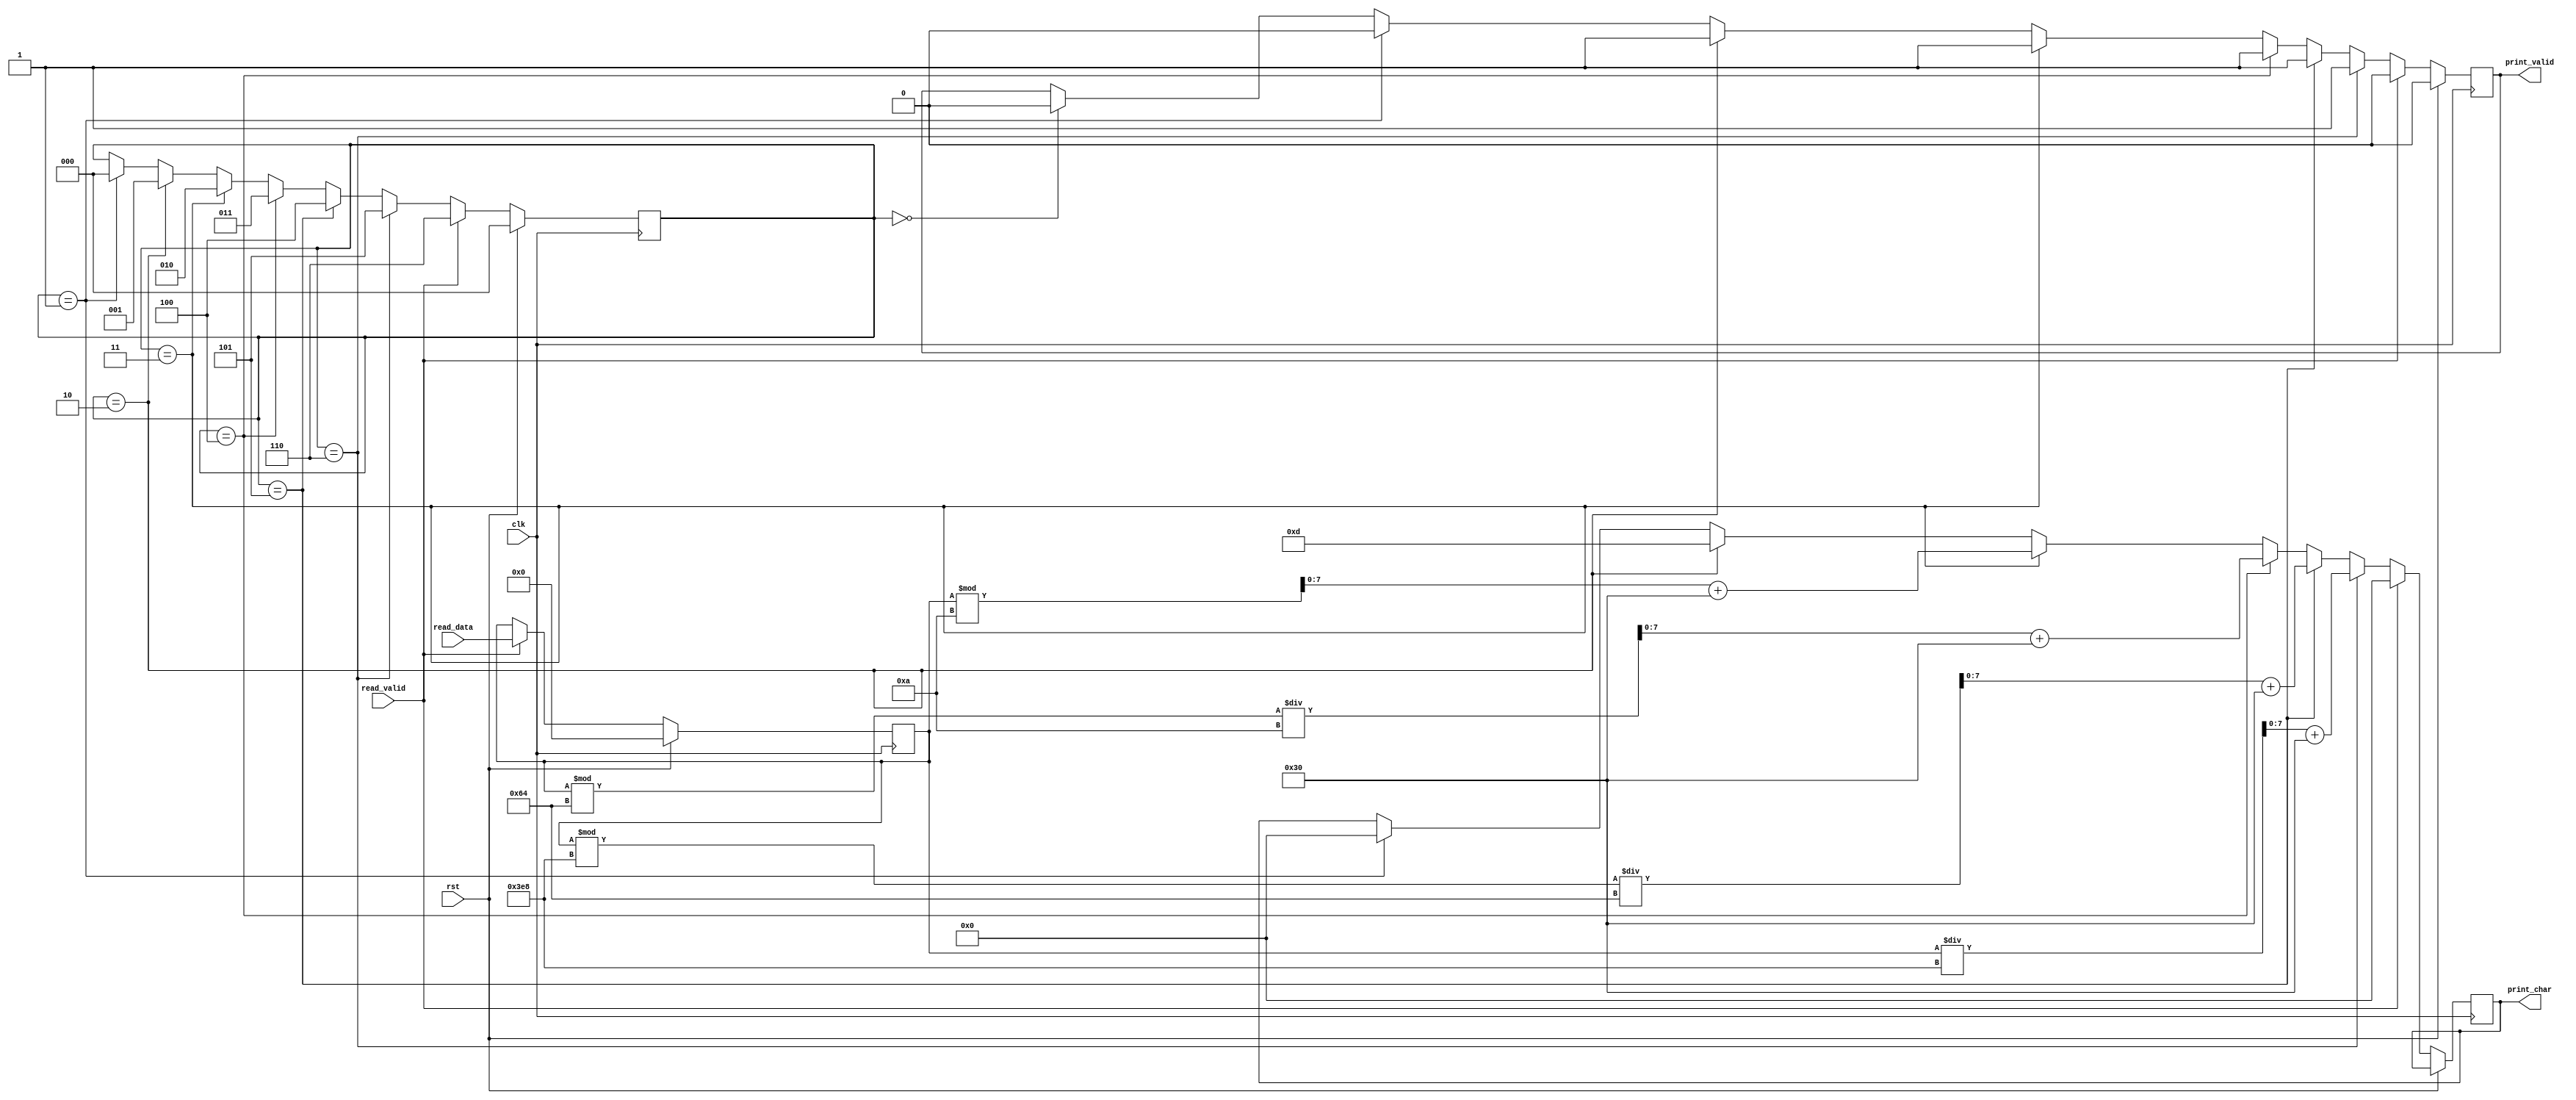
`ifndef _include_accel_output_decode_
`define _include_accel_output_decode_

module AccelOutputDecode (
        input wire [17:0] read_data,
        input wire read_valid,

        output reg [7:0] print_char,
        output reg       print_valid,

        input wire clk,
        input wire rst
    );

    reg [2:0] digit_ctr; 
    reg [17:0] hold_read;

    always @(posedge clk) begin
        if (rst) begin
            digit_ctr <= 0;
            hold_read <= 0;
            print_valid <= 0;
        end else if (read_valid) begin
            hold_read <= read_data;
            digit_ctr <= 6;
            print_valid <= 0;
            print_char <= 0;
        end else if (digit_ctr == 6) begin
            print_char <= (hold_read / 1000) + "0";
            print_valid <= 1;
            digit_ctr <= 5;
        end else if (digit_ctr == 5) begin
            print_char <= ((hold_read % 1000) / 100) + "0";
            print_valid <= 1;
            digit_ctr <= 4;
        end else if (digit_ctr == 4) begin
            print_char <= ((hold_read % 100) / 10) + "0";
            print_valid <= 1;
            digit_ctr <= 3;
        end else if (digit_ctr == 3) begin
            print_char <= (hold_read % 10) + "0";
            print_valid <= 1;
            digit_ctr <= 2;
        end else if (digit_ctr == 2) begin
            print_char <= 8'd13;
            print_valid <= 1;
            digit_ctr <= 1;
        end else if (digit_ctr == 1) begin
            print_char <= 0;
            print_valid <= 0;
            digit_ctr <= 0;
        end else if (digit_ctr == 0) begin
            print_valid <= 0;
        end
    end
endmodule
`endif // _include_accel_output_decode_